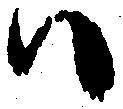
ハ